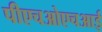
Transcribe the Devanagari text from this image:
पीएचओएचआई